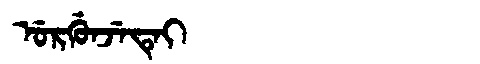
Manchu: ᡠᡵᡤᡠᠨᠵᡝᡨᡝᡳ
Romanization: URGUNJETEI